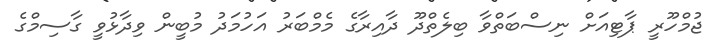
ޖުމްހޫރީ ޕާޓިއަށް ނިސްބަތްވާ ބިލެތްދޫ ދާއިރާގެ މެމްބަރު އަހުމަދު މުބީން ވިދާޅުވީ ގާސިމްގެ